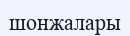
шонжалары